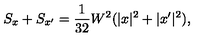
S _ { x } + S _ { x ^ { \prime } } = \frac { 1 } { 3 2 } W ^ { 2 } ( | x | ^ { 2 } + | x ^ { \prime } | ^ { 2 } ) ,